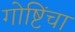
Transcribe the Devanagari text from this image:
गोष्टिंचा